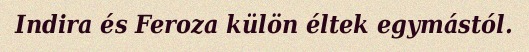
Indira és Feroza külön éltek egymástól.